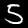
Digit: 5